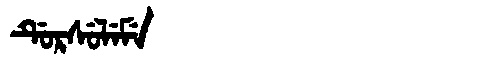
Manchu: ᡩᡠᡵᠰᡠᠯᡝᠮᡝ
Romanization: DURSULEME